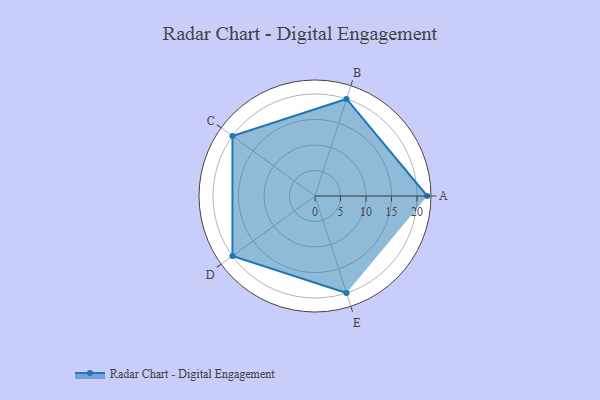
{"axis": {"x": "Skill", "y": "Score"}, "legend": ["Profile"], "data": [{"x": "A", "y": 22.0, "type": "Profile"}, {"x": "B", "y": 20, "type": "Profile"}, {"x": "C", "y": 20, "type": "Profile"}, {"x": "D", "y": 20, "type": "Profile"}, {"x": "E", "y": 20, "type": "Profile"}]}